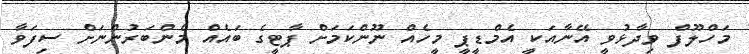
މަހްލޫފް ވިދާޅުވީ އޭނާއަކީ އެމްޑީޕީ މީހެއް ނޫންކަމަށް ޕާޓީގެ ބައެެއް މެންބަރުންނަށް ސިފަވާ